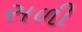
સળી